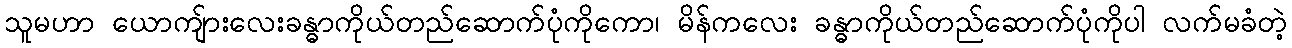
သူမဟာ ယောကျ်ားလေးခန္ဓာကိုယ်တည်ဆောက်ပုံကိုကော၊ မိန်ကလေး ခန္ဓာကိုယ်တည်ဆောက်ပုံကိုပါ လက်မခံတဲ့